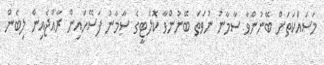
މަސައްކަތަށް ބޭނުންވާ ސާމާނު ނުވަތަ ބޭނުންވާ ކޮލެޓީގެ ސާމާނު ފަސޭހައިން ރާއްޖެއިން ލިބެން